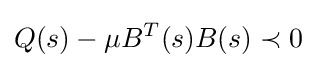
Q(s)-\mu B^{T}(s)B(s)\prec 0